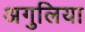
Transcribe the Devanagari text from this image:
अगुलिया